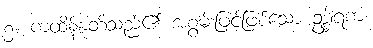
၅။ ကထိန်နုတ်သည်၏ အစွမ်းဖြင့်ဖြစ်သော ဥဒ္ဓါရကံ၊